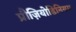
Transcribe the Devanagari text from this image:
प्रौज़ियोडिनियम